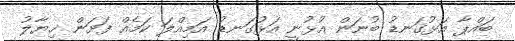
ބައްޕާ އަޅުގަނޑު ބުނަން އުޅުނީ އަޅުގަނޑު އަމިއްލަ ކަމެއް ފަށަން ޚިޔާލު